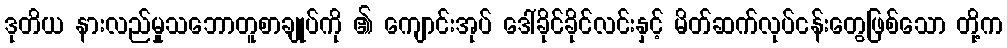
ဒုတိယ နားလည်မှုသဘောတူစာချုပ်ကို ၏ ကျောင်းအုပ် ဒေါ်ခိုင်ခိုင်လင်းနှင့် မိတ်ဆက်လုပ်ငန်းတွေဖြစ်သော တို့က